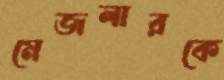
মেজলারকে